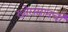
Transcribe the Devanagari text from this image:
खोरासानची